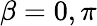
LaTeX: \beta=0,\pi